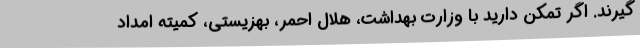
گیرند. اگر تمکن دارید با وزارت بهداشت، هلال احمر، بهزیستی، کمیته امداد